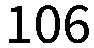
106